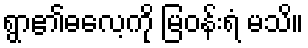
ရွာ၏ဓလေ့ကို မြဝန်းရံ မသိ။